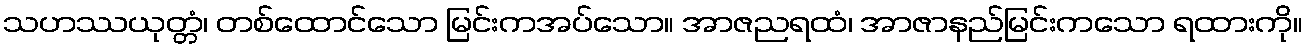
သဟဿယုတ္တံ၊ တစ်ထောင်သော မြင်းကအပ်သော။ အာဇညရထံ၊ အာဇာနည်မြင်းကသော ရထားကို။